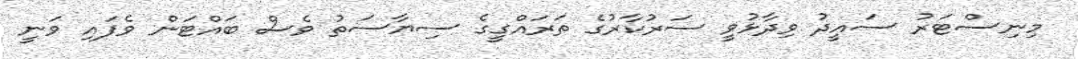
މިނިސްޓަރު ސައީދު ވިދާޅުވީ ސަރުކާރުގެ ތަރައްގީގެ ސިޔާސަތު ވެސް ބައްޓަން ވެފައި ވަނީ